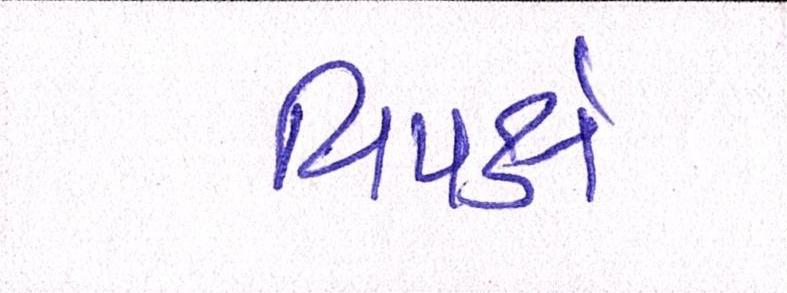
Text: વિપક્ષે